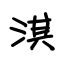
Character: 淇